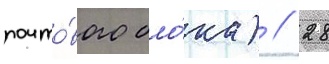
почто́вого бло́ка) // 28